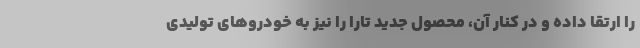
را ارتقا داده و در کنار آن، محصول جدید تارا را نیز به خودروهای تولیدی